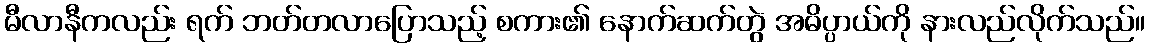
မီလာနီကလည်း ရက် ဘတ်တလာပြောသည့် စကား၏ နောက်ဆက်တွဲ အဓိပ္ပာယ်ကို နားလည်လိုက်သည်။